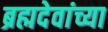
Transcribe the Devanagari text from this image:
ब्रह्मदेवांच्या